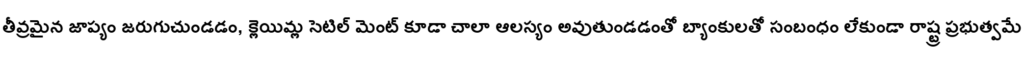
తీవ్రమైన జాప్యం జరుగుచుండడం, క్లెయిమ్ల సెటిల్ మెంట్ కూడా చాలా ఆలస్యం అవుతుండడంతో బ్యాంకులతో సంబంధం లేకుండా రాష్ట్ర ప్రభుత్వమే